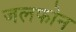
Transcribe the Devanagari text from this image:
जलफोन